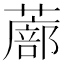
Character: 𫉾